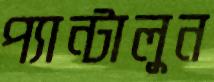
প্যান্টালুন